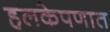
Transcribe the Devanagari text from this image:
हलकेपणात